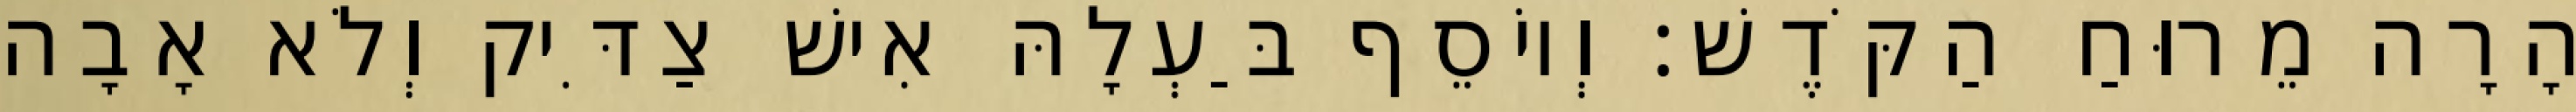
הָרָה מֵרוּחַ הַקֹּדֶשׁ׃ וְיוֹסֵף בַּעְלָהּ אִישׁ צַדִּיק וְלֹא אָבָה